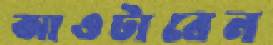
আওটাবেন